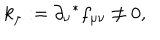
k _ { \mu } : = \partial _ { \nu } { } ^ { * } f _ { \mu \nu } \not = 0 ,